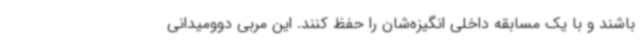
باشند و با یک مسابقه داخلی انگیزه‌شان را حفظ کنند. این مربی دوومیدانی